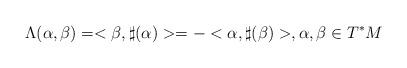
LaTeX: \begin{align*} \Lambda(\alpha,\beta)=<\beta,\sharp(\alpha)>=-<\alpha,\sharp(\beta)>,\alpha,\beta\in T^{*}M\end{align*}